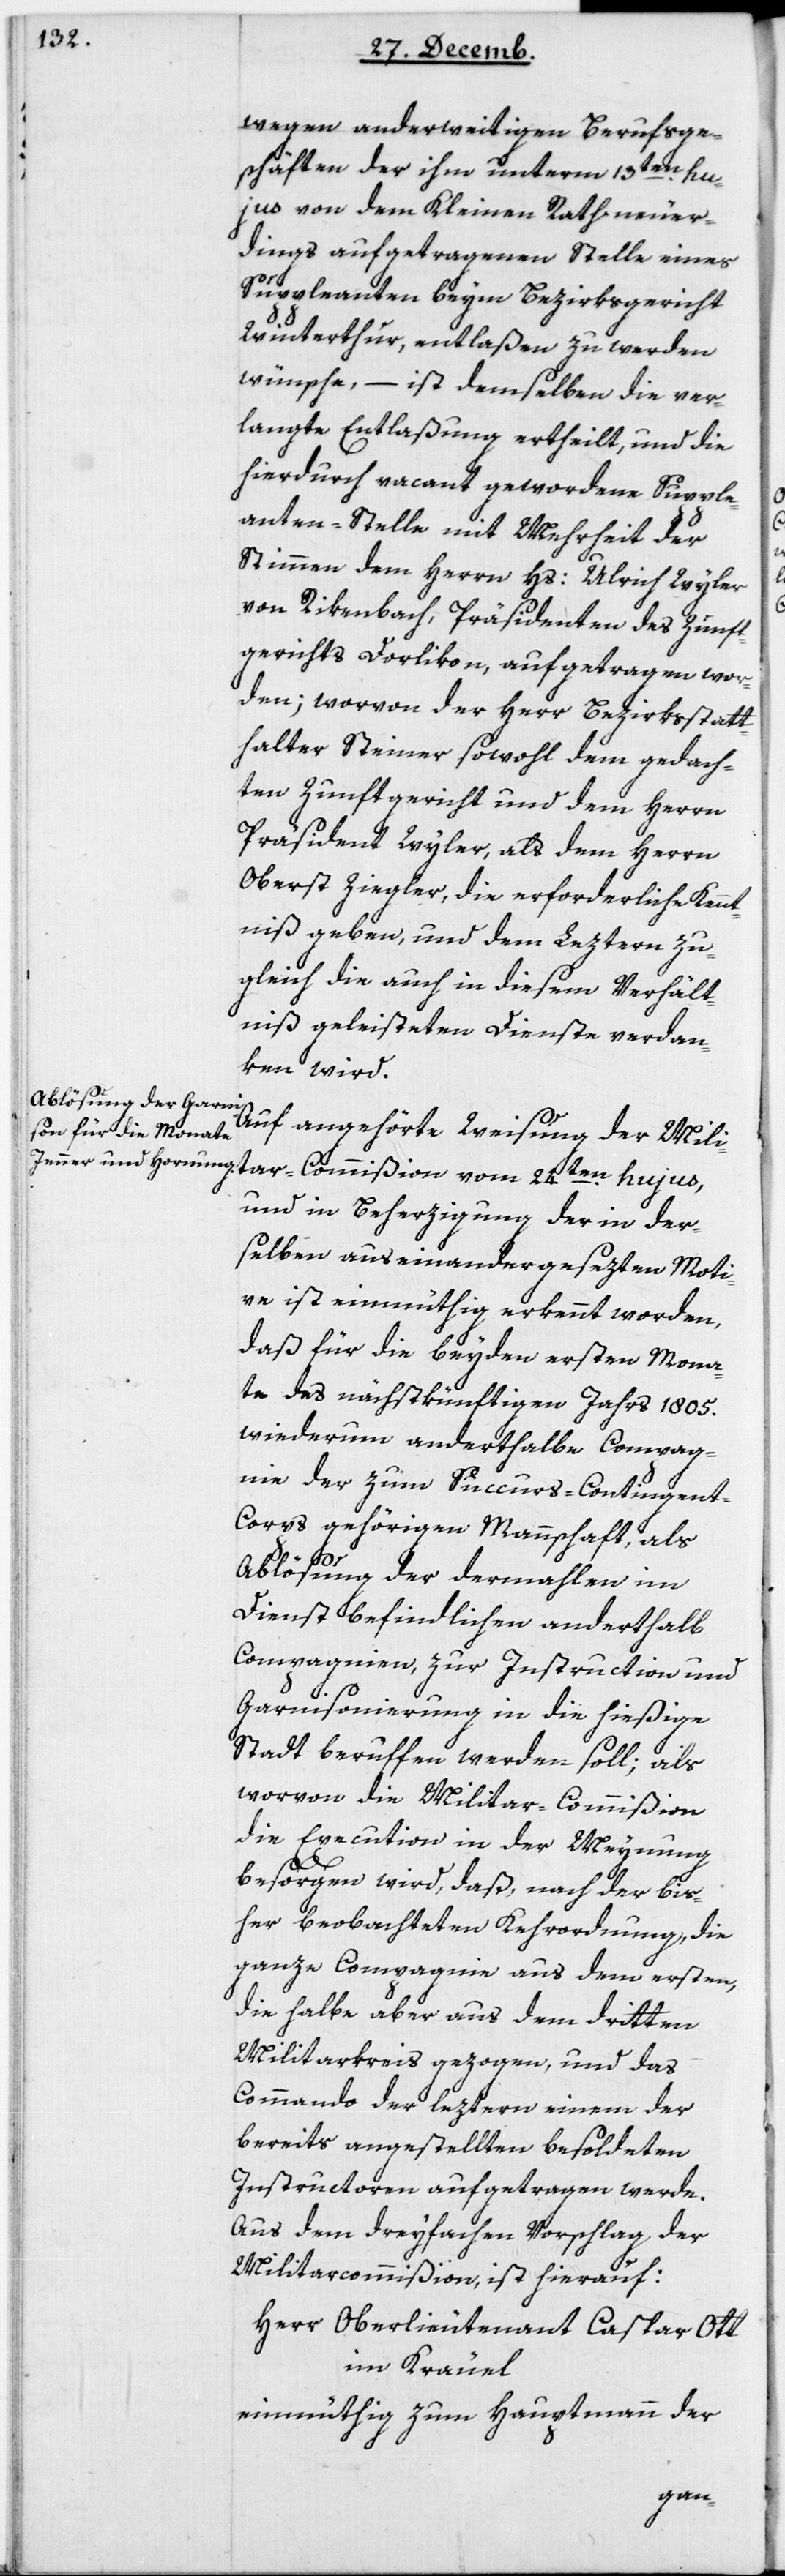
wegen anderweitigen Berufsge¬
schäften der ihm unterm 13ten hu¬
jus von dem Kleinen Rath neuer¬
dings aufgetragenen Stelle eines
Suppleanten beym Bezirksgericht
Winterthur, entlaßen zu werden
wünsche, – ist demselben die ver¬
langte Entlaßung ertheilt, und die
hierdurch vacant gewordene Supple¬
antenstelle mit Mehrheit der
Stimmen dem Herrn Hs. Ulrich Wyler
von Rikenbach, Präsidenten des Zunft¬
gerichts Dorlikon, aufgetragen wor¬
den; worvon der Herr Bezirksstatt¬
halter Steiner sowohl dem gedach¬
ten Zunftgericht und dem Herrn
Präsident Wyler, als dem Herrn
Oberst Ziegler, die erforderliche Kennt¬
niß geben, und dem Leztern zu¬
gleich die auch in diesem Verhält¬
nis geleisteten Dienste verdan¬
ken wird.
Auf angehörte Weisung der Milita¬
und in Beherzigung der in der¬
selben auseinander gesezten Moti¬
ve ist einmüthig erkennt worden,
daß für die beyden ersten Mona¬
te des nächstkünftigen Jahrs 1805
wiederum anderthalbe Compag¬
nien der zum Succurs-Contingen¬
t-Corps gehörigen Mannschaft, als
mißion
Ablösung der dermahlen im
Dienst befindlichen anderthalb
Compagnien zur Instruction und
Garnisonierung in die hießige
Stadt berufen werden soll; als
worvon die Militar-Commißion
die Execution in der Meynung
besorgen wird, daß, nach der bis¬
her beobachteten Kehrordnung, die
ganze Compagnie aus dem ersten,
die halbe aber aus dem dritten
Militarkreis gezogen, und das
Commando der leztern einem der
bereits angestellten besoldeten
Instructoren aufgetragen werde.
Aus dem dreyfachen Vorschlag der
Militarcommißion ist hierauf:
Herr Oberlieutenant Caspar Ott
im Kräuel,
einmüthig zum Hauptmann der